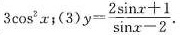
3 \cos^{2}{x}$$；(3) $$y= \frac{2 \sin x+1}{ \sin x-2}$$.